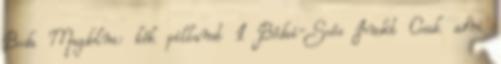
Boda Magdolna: kék pillanat 1 Bódai-Soós Judit Csak adni